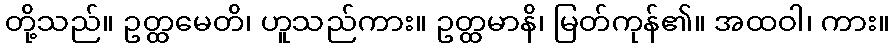
တို့သည်။ ဥတ္ထမေတိ၊ ဟူသည်ကား။ ဥတ္ထမာနိ၊ မြတ်ကုန်၏။ အထဝါ၊ ကား။